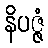
နိပဇ္ဇံ